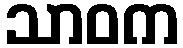
သာဝက